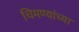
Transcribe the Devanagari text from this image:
चिमण्यांच्या